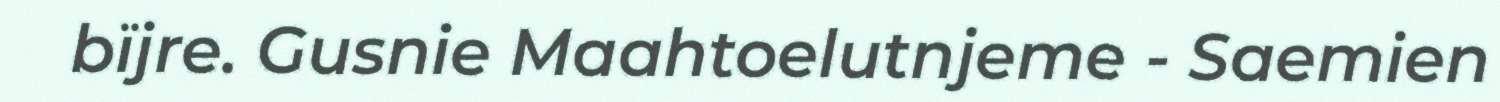
bïjre. Gusnie Maahtoelutnjeme - Saemien